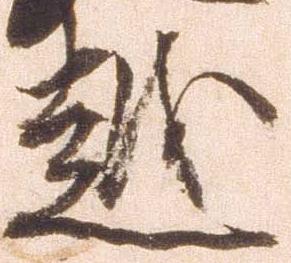
越